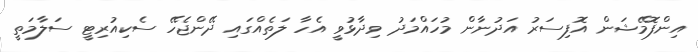
އިންފޮމޭޝަން އޮފިސަރު އަދުނާން މުހައްމަދު ވިދާޅުވީ އެހާ ލަތެއްގައި ދޭންޖެހޭ ސެކިއުރިޓީ ސަލާމަތީ